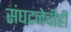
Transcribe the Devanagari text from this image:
संघटनेचीही